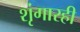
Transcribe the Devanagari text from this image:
शृंगारही